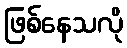
ဖြစ်နေသလို